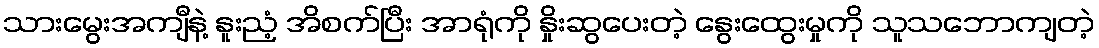
သားမွေးအကျီနဲ့ နူးညံ့ အိစက်ပြီး အာရုံကို နှိုးဆွပေးတဲ့ နွေးထွေးမှုကို သူသဘောကျတဲ့